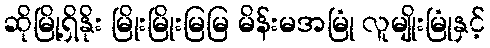
ဆိုမြို့ရှိနိုး မြိုးမြိုးမြမြ မိန်းမအမြုံ လူမျိုးမြုံနှင့်